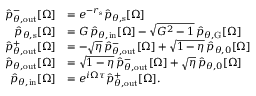
\begin{array} { r l } { \hat { p } _ { \theta , \mathrm { o u t } } ^ { - } [ \Omega ] } & { = e ^ { - r _ { \mathrm { s } } } \hat { p } _ { \theta , \mathrm { s } } [ \Omega ] } \\ { \hat { p } _ { \theta , \mathrm { s } } [ \Omega ] } & { = G \, \hat { p } _ { \theta , \mathrm { i n } } [ \Omega ] - \sqrt { G ^ { 2 } - 1 } \, \hat { p } _ { \theta , \mathrm { G } } [ \Omega ] } \\ { \hat { p } _ { \theta , \mathrm { o u t } } ^ { + } [ \Omega ] } & { = - \sqrt { \eta } \, \hat { p } _ { \theta , \mathrm { o u t } } ^ { - } [ \Omega ] + \sqrt { 1 - \eta } \, \hat { p } _ { \theta , 0 } [ \Omega ] } \\ { \hat { p } _ { \theta , \mathrm { o u t } } [ \Omega ] } & { = \sqrt { 1 - \eta } \, \hat { p } _ { \theta , \mathrm { o u t } } ^ { - } [ \Omega ] + \sqrt { \eta } \, \hat { p } _ { \theta , 0 } [ \Omega ] } \\ { \hat { p } _ { \theta , \mathrm { i n } } [ \Omega ] } & { = e ^ { i \Omega \tau } \hat { p } _ { \theta , \mathrm { o u t } } ^ { + } [ \Omega ] . } \end{array}